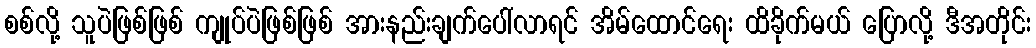
စစ်လို့ သူပဲဖြစ်ဖြစ် ကျုပ်ပဲဖြစ်ဖြစ် အားနည်းချက်ပေါ်လာရင် အိမ်ထောင်ရေး ထိခိုက်မယ် ပြောလို့ ဒီအတိုင်း